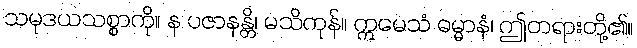
သမုဒယသစ္စာကို။ န ပဇာနန္တိ၊ မသိကုန်။ ဣမေသံ ဓမ္မာနံ၊ ဤတရားတို့၏။